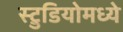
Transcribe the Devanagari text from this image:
स्टु़डियोमध्ये